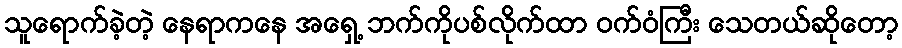
သူရောက်ခဲ့တဲ့ နေရာကနေ အရှေ့ ဘက်ကိုပစ်လိုက်ထာ ဝက်ဝံကြီး သေတယ်ဆိုတော့